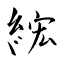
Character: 綋